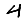
Digit: 4